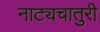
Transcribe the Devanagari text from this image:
नाट्यचातुरी